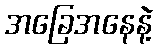
အခြေအနေနဲ့